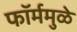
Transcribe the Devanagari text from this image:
फॉर्ममुळे